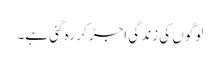
لوگوں کی زندگی اجڑ کر رہ گئی ہے۔